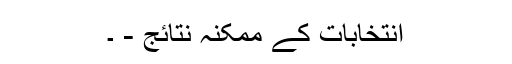
انتخابات کے ممکنہ نتائج - ۔